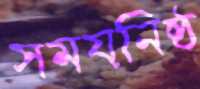
সময়নিষ্ঠ